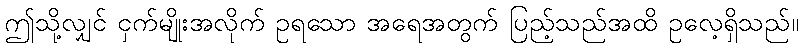
ဤသို့လျှင် ငှက်မျိုးအလိုက် ဥရသော အရေအတွက် ပြည့်သည်အထိ ဥလေ့ရှိသည်။